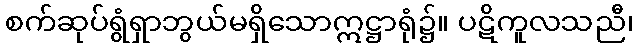
စက်ဆုပ်ရွံရှာဘွယ်မရှိသောဣဋ္ဌာရုံ၌။ ပဋိကူလသညီ၊